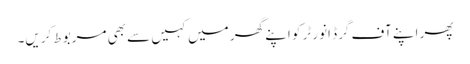
پھر اپنے آف گرڈ انورٹر کو اپنے گھر میں کہیں سے بھی مربوط کریں۔